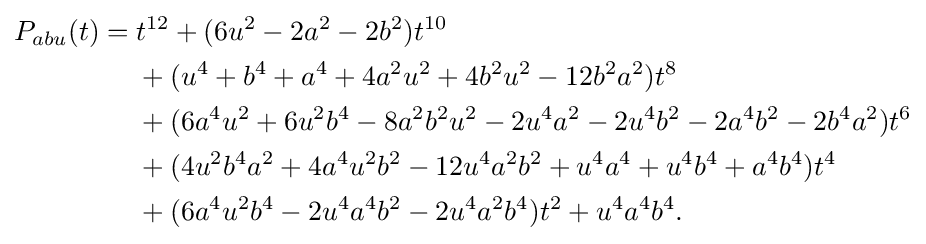
{\begin{aligned}P_{abu}(t)={}&t^{12}+(6u^{2}-2a^{2}-2b^{2})t^{10}\\&{}+(u^{4}+b^{4}+a^{4}+4a^{2}u^{2}+4b^{2}u^{2}-12b^{2}a^{2})t^{8}\\&{}+(6a^{4}u^{2}+6u^{2}b^{4}-8a^{2}b^{2}u^{2}-2u^{4}a^{2}-2u^{4}b^{2}-2a^{4}b^{2}-2b^{4}a^{2})t^{6}\\&{}+(4u^{2}b^{4}a^{2}+4a^{4}u^{2}b^{2}-12u^{4}a^{2}b^{2}+u^{4}a^{4}+u^{4}b^{4}+a^{4}b^{4})t^{4}\\&{}+(6a^{4}u^{2}b^{4}-2u^{4}a^{4}b^{2}-2u^{4}a^{2}b^{4})t^{2}+u^{4}a^{4}b^{4}.\end{aligned}}